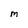
Character: M